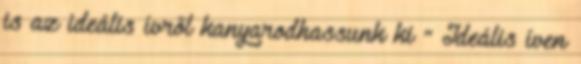
is az ideális ívről kanyarodhassunk ki ” Ideális íven